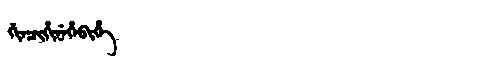
Manchu: ᡤᡳᠨᠴᡳᡥᡳᠨᡝᡥᡝᠪᡳᡥᡝ
Romanization: GINCIHINEHEBIHE